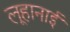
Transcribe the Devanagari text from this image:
लूहानाई